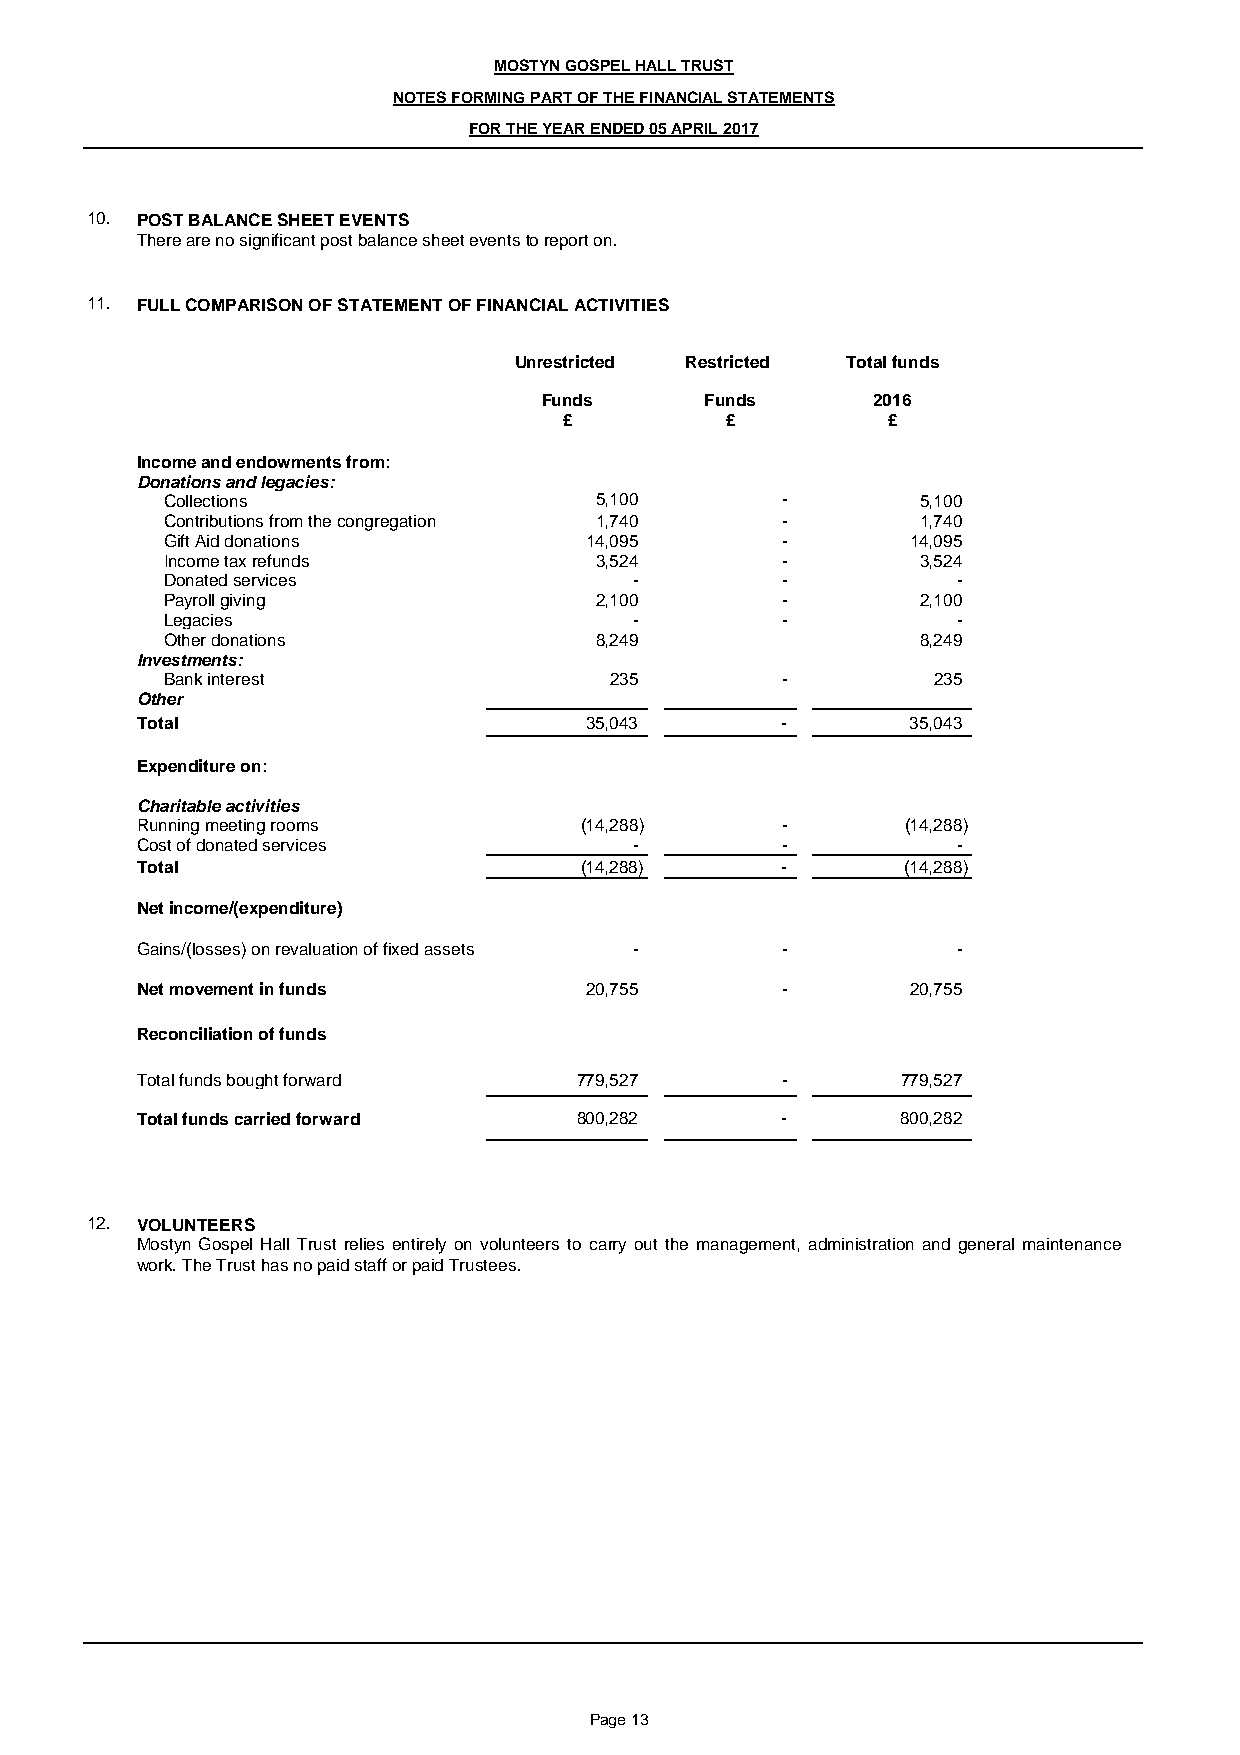
MOSTYN GOSPEL HALL TRUST
 NOTES FORMING PART OF THE FINANCIAL STATEMENTS
 FOR THE YEAR ENDED 05 APRIL 2017
 10. POST BALANCE SHEET EVENTS
 There are no significant post balance sheet events to report on.
 11. FULL COMPARISON OF STATEMENT OF FINANCIAL ACTIVITIES
 Unrestricted Restricted Total funds
 Funds      Funds      2016
 £          £          £
 Income and endowments from:
 Donations and legacies:
 Collections                 5,100        -        5,100
 Contributions from the congregation 1,740 -       1,740
 Gift Aid donations          14,095       -       14,095
 Income tax refunds          3,524        -        3,524
 Donated services               -         -          -
 Payroll giving              2,100        -        2,100
 Legacies                       -         -          -
 Other donations             8,249                 8,249
 Investments:
 Bank interest                235         -         235
 Other
 Total                         35,043       -       35,043
 Expenditure on:
 Charitable activities
 Running meeting rooms        (14,288)      -       (14,288)
 Cost of donated services         -         -          -
 Total                        (14,288)      -       (14,288)
 Net income/(expenditure)
 Gains/(losses) on revaluation of fixed assets - -     -
 Net movement in funds         20,755       -       20,755
 Reconciliation of funds
 Total funds bought forward   779,527       -       779,527
 Total funds carried forward  800,282       -       800,282
 12. VOLUNTEERS
 Mostyn Gospel Hall Trust relies entirely on volunteers to carry out the management, administration and general maintenance
 work. The Trust has no paid staff or paid Trustees.
 Page 13